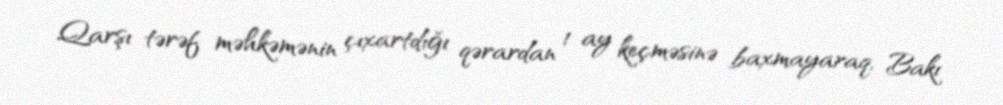
Qarşı tərəf məhkəmənin çıxartdığı qərardan 1 ay keçməsinə baxmayaraq, Bakı